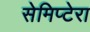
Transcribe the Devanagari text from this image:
सेमिप्टेरा